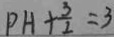
P H + \frac { 3 } { 2 } = 3